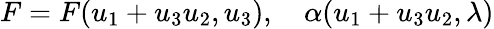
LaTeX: F=F(u_{1}+u_{3}u_{2},u_{3}),\quad\alpha(u_{1}+u_{3}u_{2},\lambda)